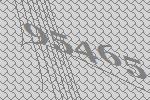
95465